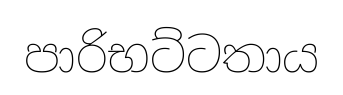
පාරිභට්ටතාය